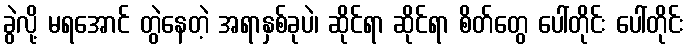
ခွဲလို့ မရအောင် တွဲနေတဲ့ အရာနှစ်ခုပဲ၊ ဆိုင်ရာ ဆိုင်ရာ စိတ်တွေ ပေါ်တိုင်း ပေါ်တိုင်း